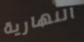
النهارية